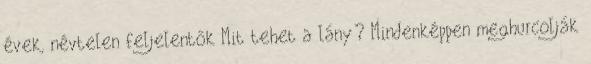
évek, névtelen feljelentők Mit tehet a lány? Mindenképpen meghurcolják